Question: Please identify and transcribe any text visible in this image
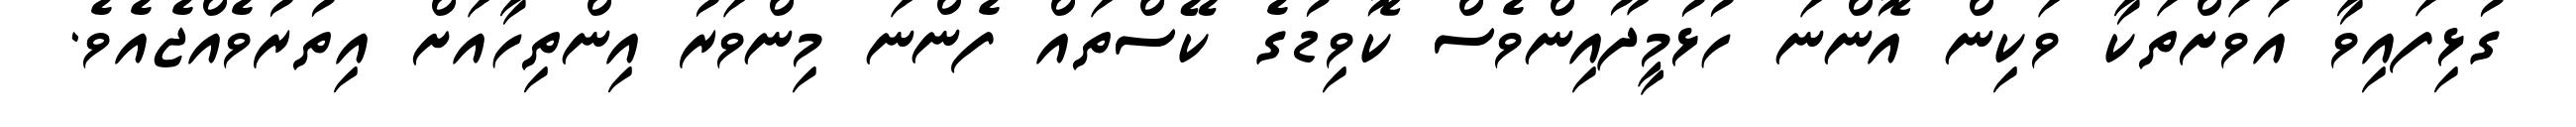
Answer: ގުޅިފައިވާ އަވަށްތަކާ ވަކިން އޮންނަ ހުޅުމީދޫއިންވެސް ކޮވިޑުގެ ކޭސްތައް ފެންނަ މިންވަރު އިންތިހާއަށް އިތުރުވެއްޖެއެވެ.